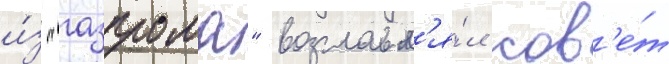
и́з "газпрома" возглавл'я́л сов'е́т